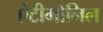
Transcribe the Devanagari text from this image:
ऐंटीमोनिल